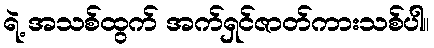
ရဲ့ အသစ်ထွက် အက်ရှင်ဇာတ်ကားသစ်ပါ။